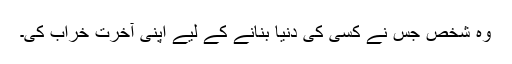
وہ شخص جس نے کسی کی دنیا بنانے کے لیے اپنی آخرت خراب کی۔